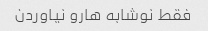
فقط نوشابه هارو نیاوردن